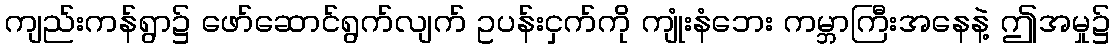
ကျည်းကန်ရွာ၌ ဖော်ဆောင်ရွက်လျက် ဥပန်းငှက်ကို ကျုံးနံဘေး ကမ္ဘာကြီးအနေနဲ့ ဤအမှု၌